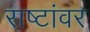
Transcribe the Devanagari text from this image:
राष्टांवर